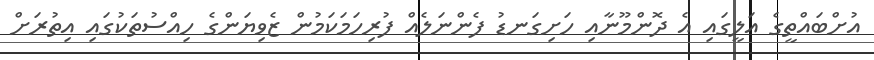
އުށްބައްތީގެ އަލީގައި އެ ދޮންމޫނާއި ހަށިގަނޑު ފެންނަލެއް ފުރިހަމަކަމުން ޒެވިޔަންގެ ހިއްސުތަކުގައި އިތުރަށް